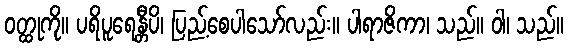
ဝတ္ထုကို။ ပရိပူရေန္တီပိ၊ ပြည့်စေပါသော်လည်း။ ပါရာဇိကာ၊ သည်။ ဝါ၊ သည်။